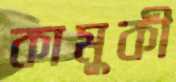
কামুকী